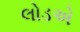
લોડએ